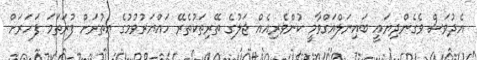
އެދުވަސް ވެގެންދިޔައީ ބައިނަލްއަގްވާމީ ކުންވެރިއެއް ޖަލުގެ ތޭރިތަކުތެރޭ ހައްޔަރުވުމުގެ އިތުރަށް ފުރަތަމަ ފަހަރަށް